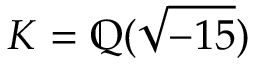
K = \mathbb { Q } ( { \sqrt { - 1 5 } } )